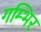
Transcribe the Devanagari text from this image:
गम्भिर